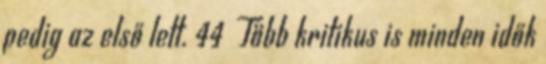
pedig az első lett. 44 Több kritikus is minden idők